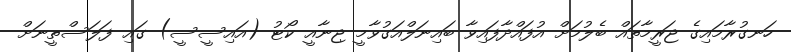
ހަނގުރާމައިގެ ޖަރީމާތައް ބެލުމަށް އުފައްދާފައިވާ ބައިނަލްއަގުވާމީ ޖިނާއީ ކޯޓު (އައިސީސީ) ގައި ފަލަސްތީނަށް